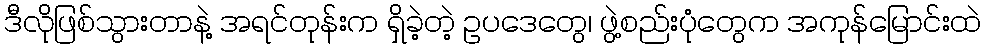
ဒီလိုဖြစ်သွားတာနဲ့ အရင်တုန်းက ရှိခဲ့တဲ့ ဥပဒေတွေ၊ ဖွဲ့စည်းပုံတွေက အကုန်မြောင်းထဲ